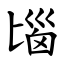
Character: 匘